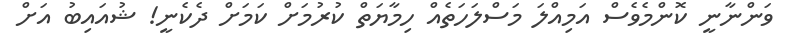
ވަންނާނީ ކޮންމެވެސް އަމިއްލަ މަސްލަހަތެއް ހިމާޔަތް ކުރުމަށް ކަމަށް ދެކެނީ! ޝުއައިބު އަށް